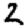
Digit: 2